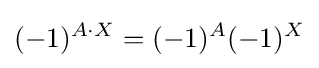
(-1)^{A\cdot X}=(-1)^{A}(-1)^{X}